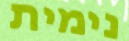
נימית